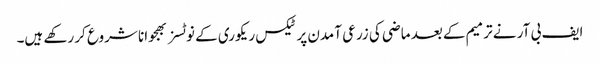
ایف بی آر نے ترمیم کے بعد ماضی کی زرعی آمدن پر ٹیکس ریکوری کے نوٹسز بھجوانا شروع کر رکھے ہیں۔